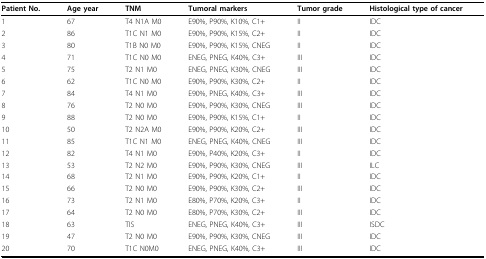
<table><thead><tr><td><b>Patient No.</b></td><td><b>Age year</b></td><td><b>TNM</b></td><td><b>Tumoral markers</b></td><td><b>Tumor grade</b></td><td><b>Histological type of cancer</b></td></tr></thead><tbody><tr><td>1</td><td>67</td><td>T4 N1A M0</td><td>E90%, P90%, K10%, C1+</td><td>II</td><td>IDC</td></tr><tr><td>2</td><td>86</td><td>T1C N1 M0</td><td>E90%, P90%, K15%, C2+</td><td>II</td><td>IDC</td></tr><tr><td>3</td><td>80</td><td>T1B N0 M0</td><td>E90%, P90%, K15%, CNEG</td><td>II</td><td>IDC</td></tr><tr><td>4</td><td>71</td><td>T1C N0 M0</td><td>ENEG, PNEG, K40%, C3+</td><td>III</td><td>IDC</td></tr><tr><td>5</td><td>75</td><td>T2 N1 M0</td><td>ENEG, PNEG, K30%, CNEG</td><td>III</td><td>IDC</td></tr><tr><td>6</td><td>62</td><td>T1C N0 M0</td><td>E90%, P90%, K30%, C2+</td><td>II</td><td>IDC</td></tr><tr><td>7</td><td>84</td><td>T4 N1 M0</td><td>E90%, PNEG, K40%, C3+</td><td>III</td><td>IDC</td></tr><tr><td>8</td><td>76</td><td>T2 N0 M0</td><td>E90%, P90%, K30%, CNEG</td><td>III</td><td>IDC</td></tr><tr><td>9</td><td>88</td><td>T2 N0 M0</td><td>E90%, P90%, K15%, C1+</td><td>II</td><td>IDC</td></tr><tr><td>10</td><td>50</td><td>T2 N2A M0</td><td>E90%, P90%, K20%, C2+</td><td>III</td><td>IDC</td></tr><tr><td>11</td><td>85</td><td>T1C N1 M0</td><td>ENEG, PNEG, K40%, CNEG</td><td>III</td><td>IDC</td></tr><tr><td>12</td><td>82</td><td>T4 N1 M0</td><td>E90%, P40%, K20%, C3+</td><td>II</td><td>IDC</td></tr><tr><td>13</td><td>53</td><td>T2 N2 M0</td><td>E90%, P90%, K30%, CNEG</td><td>III</td><td>ILC</td></tr><tr><td>14</td><td>68</td><td>T2 N1 M0</td><td>E90%, P90%, K20%, C1+</td><td>II</td><td>IDC</td></tr><tr><td>15</td><td>66</td><td>T2 N0 M0</td><td>E90%, P90%, K30%, C2+</td><td>III</td><td>IDC</td></tr><tr><td>16</td><td>73</td><td>T2 N1 M0</td><td>E80%, P70%, K20%, C3+</td><td>II</td><td>IDC</td></tr><tr><td>17</td><td>64</td><td>T2 N0 M0</td><td>E80%, P70%, K30%, C2+</td><td>III</td><td>IDC</td></tr><tr><td>18</td><td>63</td><td>TIS</td><td>ENEG, PNEG, K40%, C3+</td><td>III</td><td>ISDC</td></tr><tr><td>19</td><td>47</td><td>T2 N0 M0</td><td>E90%, P90%, K30%, CNEG</td><td>III</td><td>IDC</td></tr><tr><td>20</td><td>70</td><td>T1C N0M0</td><td>ENEG, PNEG, K40%, C3+</td><td>III</td><td>IDC</td></tr></tbody></table>